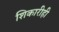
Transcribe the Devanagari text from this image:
शिकारीही